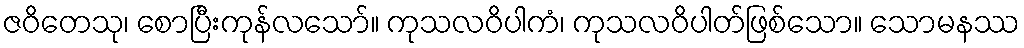
ဇဝိတေသု၊ စောပြီးကုန်လသော်။ ကုသလဝိပါကံ၊ ကုသလဝိပါတ်ဖြစ်သော။ သောမနဿ